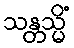
သန္တသ္မိံ